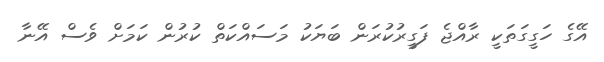
އޭގެ ހަގީގަތަކީ ރާއްޖެ ފަގީރުކުރަން ބަޔަކު މަސައްކަތް ކުރުން ކަމަށް ވެސް އޭނާ